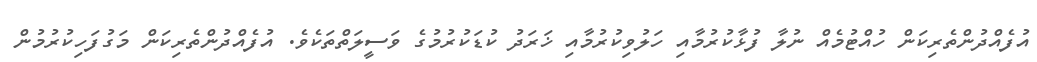
އުފެއްދުންތެރިކަން ހުއްޓުމެއް ނުލާ ފުޅާކުރުމާއި ހަލުވިކުރުމާއި ޚަރަދު ކުޑަކުރުމުގެ ވަސީލަތްތަކެވެ. އުފެއްދުންތެރިކަން މަގުފަހިކުރުމުން